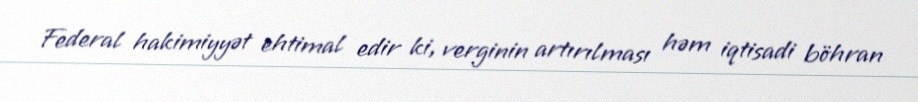
Federal hakimiyyət ehtimal edir ki, verginin artırılması həm iqtisadi böhran